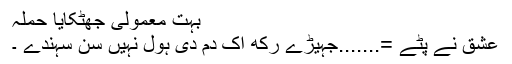
بہت معمولی جھٹکایا حملہ
عشق نے پٹے =.......جہیڑے رکھ اک دم دی ہول نہیں سن سہندے ۔